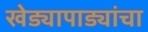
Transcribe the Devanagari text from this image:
खेड्यापाड्यांचा